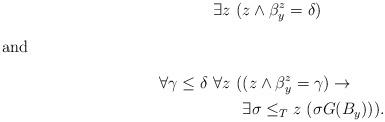
LaTeX: \begin{align*} \exists z ~ (& z \wedge \beta_y^z =\delta)\\\intertext{and} \forall \gamma \leq \delta~ \forall z ~ (& (z \wedge \beta_y^z = \gamma)\to \\& \exists \sigma \leq_T z ~(\sigma G(B_{y}))).\end{align*}